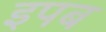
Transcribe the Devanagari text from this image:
इपब